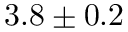
3 . 8 \pm 0 . 2